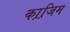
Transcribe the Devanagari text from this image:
का़जि़म